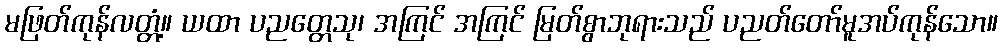
မဖြတ်ကုန်လတ္တံ့။ ယထာ ပညတ္တေသု၊ အကြင် အကြင် မြတ်စွာဘုရားသည် ပညတ်တော်မူအပ်ကုန်သော။